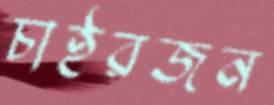
চাইরজন